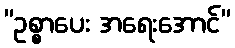
”ဥစ္စာပေး အရေးအောင်”